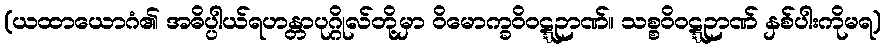
(ယထာယောဂံ၏ အဓိပ္ပါယ်ရဟန္တာပုဂ္ဂိုလ်တို့မှာ ဝိမောက္ခဝိဝဋ္ဋဉာဏ်။ သစ္စဝိဝဋ္ဋဉာဏ် နှစ်ပါးကိုမရ)